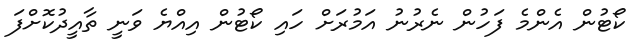
ކޯޓުން އެންމެ ފަހުން ނެރުނު އަމުރަށް ހައި ކޯޓުން އިއްޔެ ވަނީ ތާއީދުކޮށްފަ